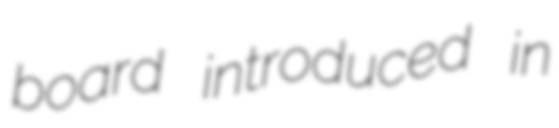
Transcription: board introduced in